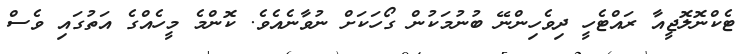
ޓެކްނޮލޮޖީއާ ރައްޓެހީ ދިވެހިންނޭ ބުނުމަކުން ގޯހަކަށް ނުވާނެއެވެ. ކޮންމެ މީހެއްގެ އަތުގައި ވެސް